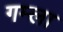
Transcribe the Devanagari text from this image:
गम्ला